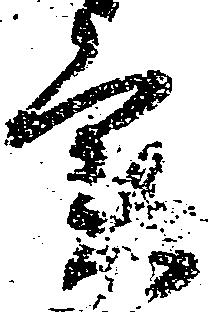
実